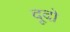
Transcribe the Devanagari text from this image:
दूदो